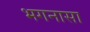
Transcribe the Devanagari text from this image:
भगनासा